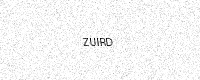
Text: ZUIRD